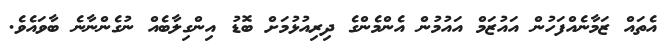
އެތައް ޒަމާނެއްފަހުން އައުޒަމް އައުމުން އެންމެންގެ ދިރިއުޅުމަށް ބޮޑު އިންގިލާބެއް ނުގެންނާނެ ބާވައެވެ.